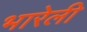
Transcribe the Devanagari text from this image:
भारेली